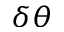
\delta \theta